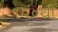
૧૫૦થી